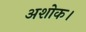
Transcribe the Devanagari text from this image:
अशोक।